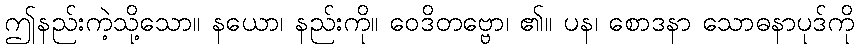
ဤနည်းကဲ့သို့သော။ နယော၊ နည်းကို။ ဝေဒိတဗ္ဗော၊ ၏။ ပန၊ စောဒနာ သောဓနာပုဒ်ကို